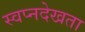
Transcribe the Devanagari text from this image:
स्वप्नदेखता